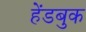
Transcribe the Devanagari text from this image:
हेंडबुक